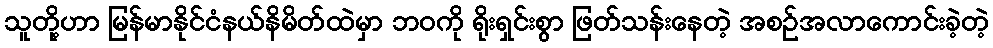
သူတို့ဟာ မြန်မာနိုင်ငံနယ်နိမိတ်ထဲမှာ ဘဝကို ရိုးရှင်းစွာ ဖြတ်သန်းနေတဲ့ အစဉ်အလာကောင်းခဲ့တဲ့